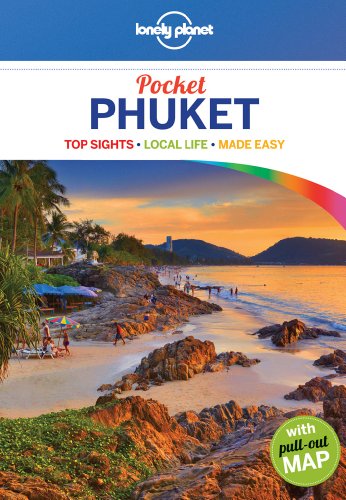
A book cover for Lonely Planet Pocket Phuket (Travel Guide); Lonely Planet; Travel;